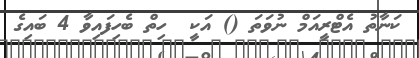
ކަނާތު އެޓްރީއަމް ނުވަތަ () އަކީ  ހިތް ބެހިފައިވާ 4 ބައިގެ